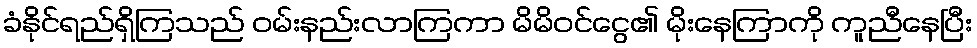
ခံနိုင်ရည်ရှိကြသည် ဝမ်းနည်းလာကြကာ မိမိဝင်ငွေ၏ မိုးနေကြာကို ကူညီနေပြီး